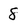
Character: 8